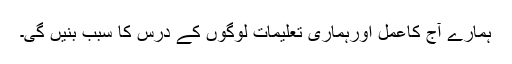
ہمارے آج کاعمل اورہماری تعلیمات لوگوں کے درس کا سبب بنیں گی۔